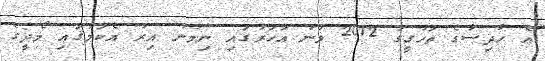
އެ ހާދިސާގެ ތަހުގީގު 2012 ވަނަ އަހަރުގައި ނިމުނު އިރު އެކަމުގައި މޯދީގެ